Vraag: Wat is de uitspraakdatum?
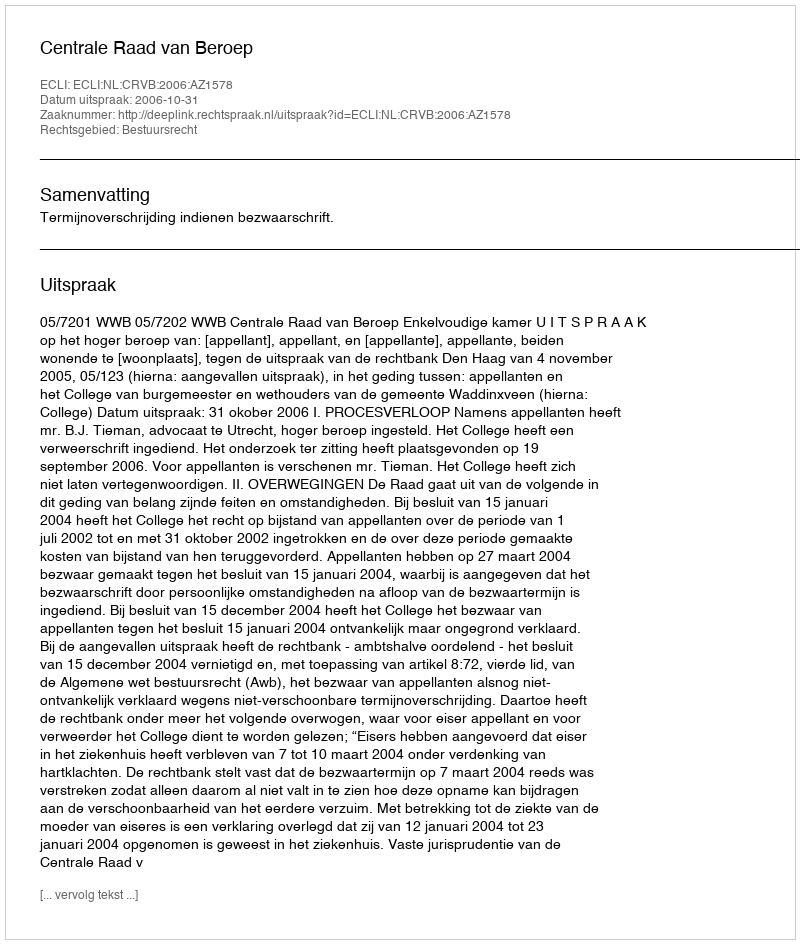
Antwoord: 2006-10-31